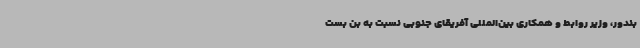
بندور، وزیر روابط و همکاری بین‌المللی آفریقای جنوبی نسبت به بن بست